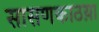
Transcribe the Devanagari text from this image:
सासणकाठय़ा